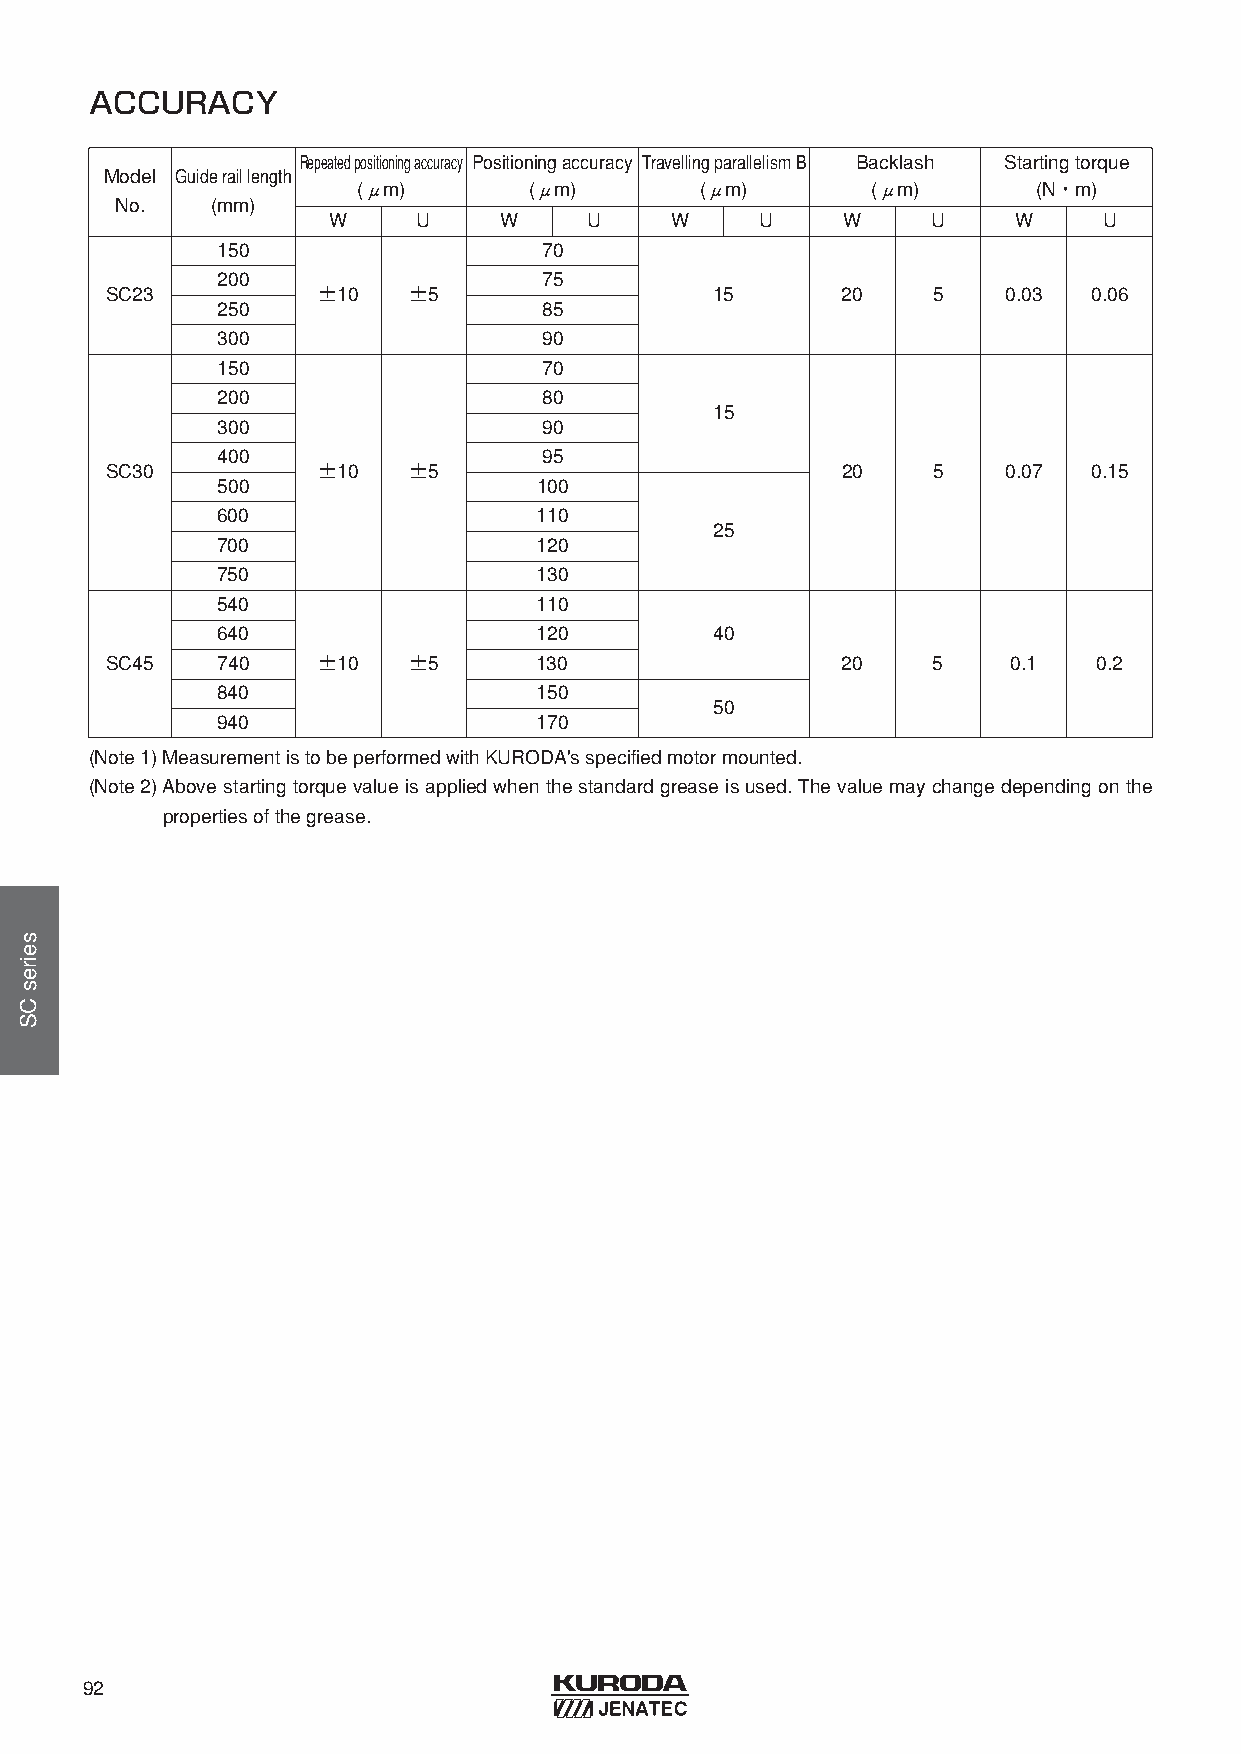
ACCURACY
 Repeatedpositioningaccuracy Positioningaccuracy TravellingparallelismB Backlash Startingtorque
 Model Guideraillength
 (μm)       (μm)       (μm)        (μm)       (N・m)
 No.   (mm)
 W     U    W     U    W     U     W     U    W     U
 150                   70
 200                   75
 SC23          ±10   ±5                  15       20    5    0.03 0.06
 250                   85
 300                   90
 150                   70
 200                   80
 15
 300                   90
 400                   95
 SC30          ±10   ±5                           20    5    0.07 0.15
 500                  100
 600                  110
 25
 700                  120
 750                  130
 540                  110
 640                  120         40
 SC45   740    ±10   ±5      130                  20    5    0.1   0.2
 840                  150
 50
 940                  170
 (Note1) MeasurementistobeperformedwithKURODA'sspecifiedmotormounted.
 (Note2) Above starting torque value is applied when the standard grease is used. The value may change depending on the
 propertiesofthegrease.
 92
 seiresCS